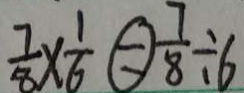
\frac { 7 } { 8 } \times \frac { 1 } { 6 } \textcircled { = } \frac { 7 } { 8 } \div 6